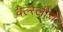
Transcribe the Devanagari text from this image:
वेल्स्लीचे